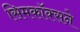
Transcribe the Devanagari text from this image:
सिमकॉक्सने